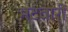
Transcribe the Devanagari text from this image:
भटवारी